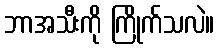
ဘာအသီးကို ကြိုက်သလဲ။